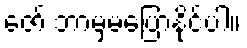
ဇော် ဘာမှမပြောနိုင်ပါ။